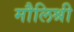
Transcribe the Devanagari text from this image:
मौलिश्री